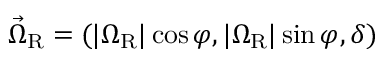
\vec { \Omega } _ { \mathrm { R } } = ( | \Omega _ { \mathrm { R } } | \cos \varphi , | \Omega _ { \mathrm { R } } | \sin \varphi , \delta )